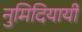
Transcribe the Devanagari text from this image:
नुमिदियायी